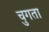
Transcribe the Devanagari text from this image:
चुगता